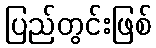
ပြည်တွင်းဖြစ်